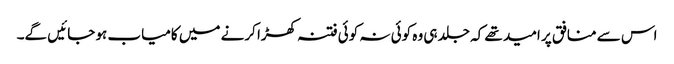
اس سے منافق پر امید تھے کہ جلد ہی وہ کوئی نہ کوئی فتنہ کھڑا کرنے میں کامیاب ہو جائیں گے۔